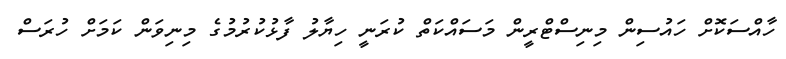
ހާއްސަކޮށް ހައުސިން މިނިސްޓްރީން މަސައްކަތް ކުރަނީ ހިޔާލު ފާޅުކުރުމުގެ މިނިވަން ކަމަށް ހުރަސް